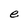
Character: e